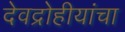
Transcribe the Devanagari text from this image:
देवद्रोहीयांचा